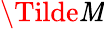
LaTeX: \Tilde{\mathit{M}}